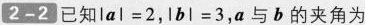
2-2 已知$$l a l = 2$$,$$l b l = 3$$,a与b的夹角为